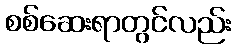
စစ်ဆေးရာတွင်လည်း